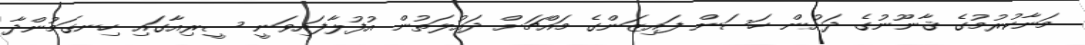
މަނާކުރުމުގެ ޤާނޫނުގެ ދަށުން ހަސަން ފައިޒަންގެ މައްޗަށް ދައުލަތުން އުފުލާފައިވަނީ ސީރިއާގައި ހިނގަމުންދާ